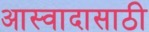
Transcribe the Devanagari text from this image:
आस्वादासाठी